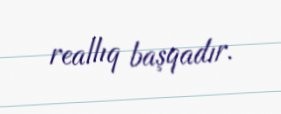
reallıq başqadır.